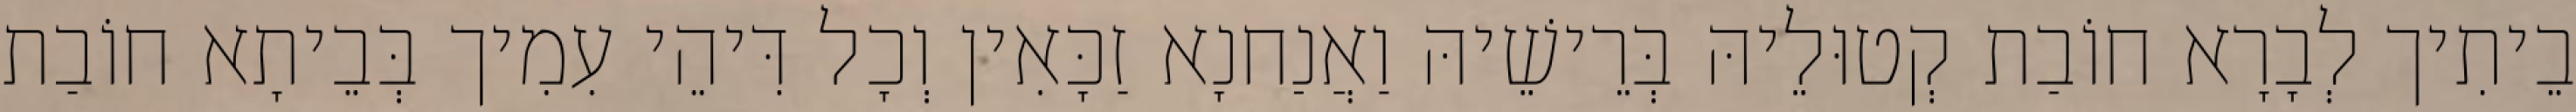
בֵיתִיך לְבָרָא חוֹבַת קְטוּלֵיהּ בְּרֵישֵׁיהּ וַאֲנַחנָא זַכָּאִין וְכָל דִּיהֵי עִמִיך בְּבֵיתָא חוֹבַת